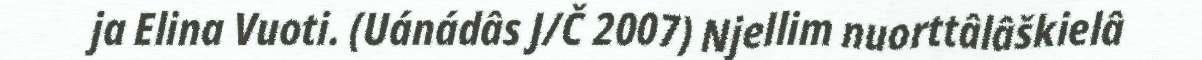
ja Elina Vuoti. (Uánádâs J/Č 2007) Njellim nuorttâlâškielâ